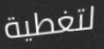
لتغطية